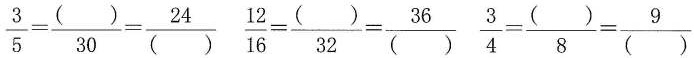
$$\frac { 3 } { 5 } = \frac { ( ) } { 3 0 } = \frac { 2 4 } { ( ) }$$ $$ \frac { 1 2 } { 1 6 } = \frac { ( ) } { 3 2 } = \frac{ 3 6 } { ( ) }$$ $$\frac { 3 } { 4 } = \frac { ( ) } { 8 } = \frac { 9 } { ( ) }$$